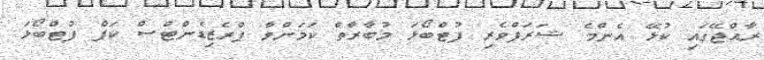
ރާއްޖޭގައި ކުޅޭ އެންމެ ޝަރަފްވެރި ފުޓްބޯޅަ މުބާރާތް ކަމަށްވާ ޕްރެޒިޑެންޓްސް ކަޕް ފުޓްބޯޅަ